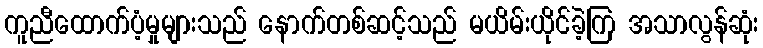
ကူညီထောက်ပံ့မှုများသည် နောက်တစ်ဆင့်သည် မယိမ်းယိုင်ခဲ့ကြ အသာလွန်ဆုံး